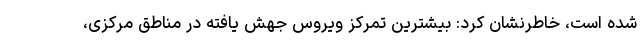
شده است، خاطرنشان کرد: بیشترین تمرکز ویروس جهش یافته در مناطق مرکزی،